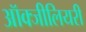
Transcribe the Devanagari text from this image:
ऑक्जीलियरी